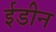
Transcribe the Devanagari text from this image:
ईडीन